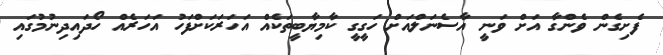
ފެށިގެން ވެންގާ އަށް ވަނީ އާސެނަލްއަށް ހަގީގީ ކާމިޔާބީތަކެއް އަހަރަކަށްފަހު އަހަރެއް ހޯދައިދިނުމުގައި